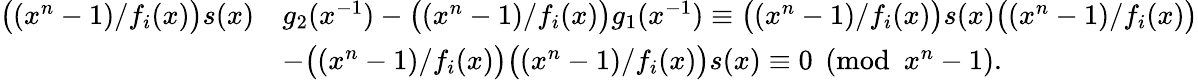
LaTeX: \begin{array}{rl}{\big((x^{n}-1)/f_{i}(x)\big)s(x)}&{g_{2}(x^{-1})-\big((x^{n}-1)/f_{i}(x)\big)g_{1}(x^{-1})\equiv\big((x^{n}-1)/f_{i}(x)\big)s(x)\big((x^{n}-1)/f_{i}(x)\big)}\\ &{-\big((x^{n}-1)/f_{i}(x)\big)\big((x^{n}-1)/f_{i}(x)\big)s(x)\equiv 0\pmod{x^{n}-1}.}\end{array}